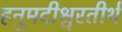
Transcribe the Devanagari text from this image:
हनुमदीश्वरतीर्थ